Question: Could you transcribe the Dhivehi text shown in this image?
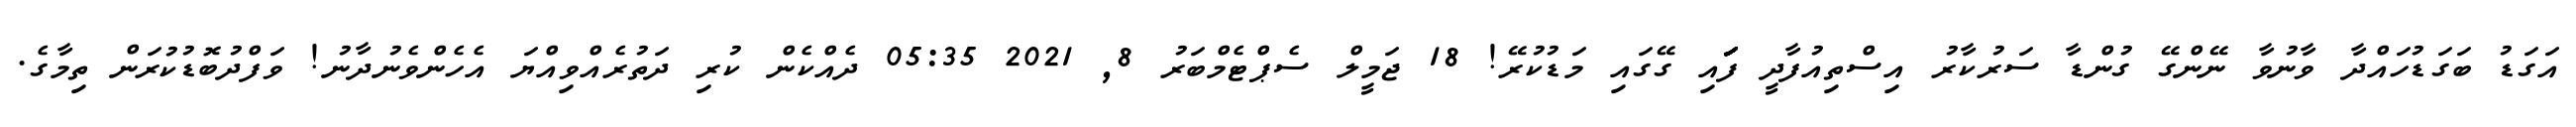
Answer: އަގަޑު ބަގަޑުހައްދާ ވާނުވާ ނޭންގޭ ގުންޑާ ސަރުކާރު އިސްތިއުފާދީ ފަަަަަަަަަަަަަައި ގޭގައި މަޑުކުރޭ! 18 ޖަމީލް ސެޕްޓެމްބަރު 8, 2021 05:35 ދެއްކެން ކުރި ދަތުރެއްވިއްޔަ އެހެންވެނުދާނު! ވަފްދުބޮޑުކުރަން ތިމާގެ.